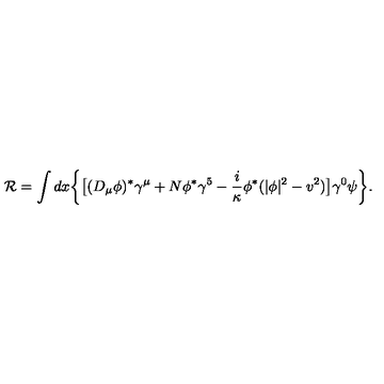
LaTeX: { \cal R } = \int d x \biggl \{ \bigl [ ( D _ { \mu } \phi ) ^ { * } \gamma ^ { \mu } + N \phi ^ { * } \gamma ^ { 5 } - { \frac { i } { \kappa } } \phi ^ { * } ( | \phi | ^ { 2 } - v ^ { 2 } ) \bigr ] \gamma ^ { 0 } \psi \biggr \} .